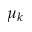
\mu _ { k }